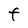
Character: F